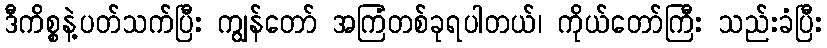
ဒီကိစ္စနဲ့ပတ်သက်ပြီး ကျွန်တော် အကြံတစ်ခုရပါတယ်၊ ကိုယ်တော်ကြီး သည်းခံပြီး